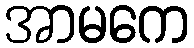
အာမကေ